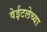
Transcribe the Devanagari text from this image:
वेईटलेच्या